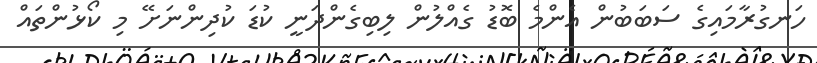
ހަނގުރާމައިގެ ސަބަބުން އެންމެ ބޮޑު ގެއްލުން ލިބިގެންދަނީ ކުޑަ ކުދިންނަށޭ މި ކޯޅުންތައް